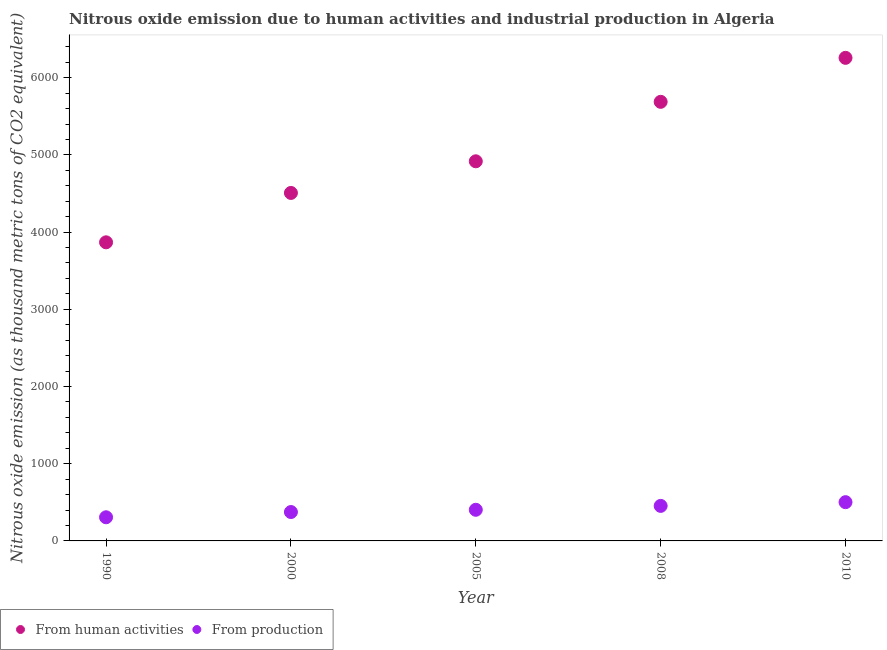
| Year | From human activities | From production |
 | --- | --- | --- |
 | 1990 | 3.87e+03 | 306 |
 | 2000 | 4.51e+03 | 374 |
 | 2005 | 4.92e+03 | 403 |
 | 2008 | 5.69e+03 | 454 |
 | 2010 | 6.26e+03 | 502 |